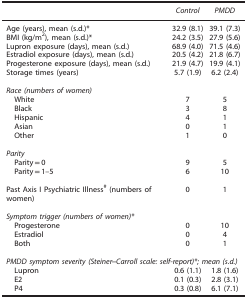
|  | Control | PMDD |
 | --- | --- | --- |
 | Age (years), mean (s.d.)* | 32.9 (8.1) | 39.1 (7.3) |
 | BMI (kg/m2), mean (s.d.)* | 24.2 (3.5) | 27.9 (5.6) |
 | Lupron exposure (days), mean (s.d.) | 68.9 (4.0) | 71.5 (4.6) |
 | Estradiol exposure (days), mean (s.d.) | 20.5 (4.2) | 21.8 (6.7) |
 | Progesterone exposure (days), mean (s.d.) | 21.9 (4.7) | 19.9 (4.1) |
 | Storage times (years) | 5.7 (1.9) | 6.2 (2.4) |
 |  |  |  |
 | <COLSPAN=3> Race (numbers of women) |
 | White | 7 | 5 |
 | Black | 3 | 8 |
 | Hispanic | 4 | 1 |
 | Asian | 0 | 1 |
 | Other | 1 | 0 |
 |  |  |  |
 | <COLSPAN=3> Parity |
 | Parity=0 | 9 | 5 |
 | Parity=1–5 | 6 | 10 |
 |  |  |  |
 | Past Axis I Psychiatric Illness# (numbers of women) | 0 | 1 |
 |  |  |  |
 | <COLSPAN=3> Symptom trigger (numbers of women)* |
 | Progesterone | 0 | 10 |
 | Estradiol | 0 | 4 |
 | Both | 0 | 1 |
 |  |  |  |
 | <COLSPAN=3> PMDD symptom severity (Steiner–Carroll scale: self-report)* mean (s.d.) |
 | Lupron | 0.6 (1.1) | 1.8 (1.6) |
 | E2 | 0.1 (0.3) | 2.8 (3.1) |
 | P4 | 0.3 (0.8) | 6.1 (7.1) |